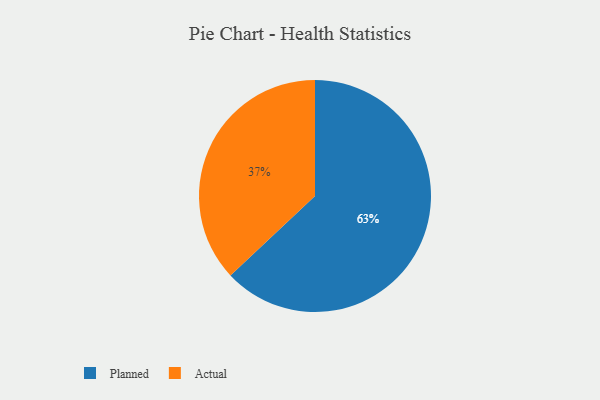
{"axis": {"x": "Category", "y": "Percentage"}, "legend": ["Actual", "Planned"], "data": [{"x": "Actual", "y": 37, "type": "Actual"}, {"x": "Planned", "y": 63, "type": "Planned"}]}